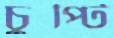
চুপ্টি